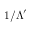
1 / \Lambda ^ { \prime }